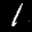
Label: 1